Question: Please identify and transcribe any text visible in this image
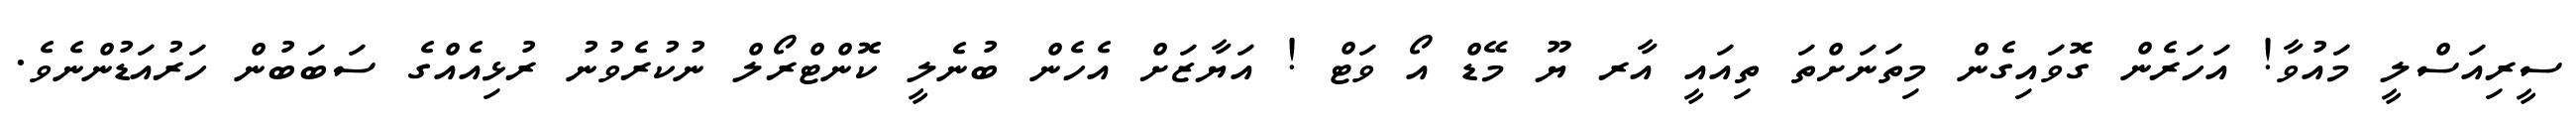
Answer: ސީރިއަސްލީ މައުވާ! އަހަރެން ގޮވައިގެން މިތަނަށްތަ ތިއައީ އާރ ޔޫ މޭޑް އޯ ވަޓް ! އަޔާޒަށް އެހެން ބުނެލީ ކޮންޓްރޯލް ނުކުރެވުނު ރުޅިއެއްގެ ސަބަބުން ހަރުއަޑުންނެވެ.